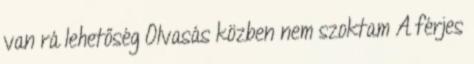
van rá lehetőség Olvasás közben nem szoktam A férjes